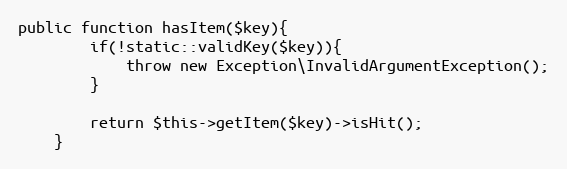
Language: PHP
public function hasItem($key){
        if(!static::validKey($key)){
            throw new Exception\InvalidArgumentException();
        }

        return $this->getItem($key)->isHit();
    }